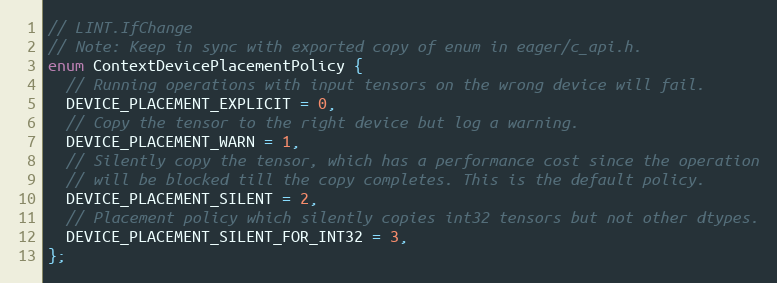
Language: C
// LINT.IfChange
// Note: Keep in sync with exported copy of enum in eager/c_api.h.
enum ContextDevicePlacementPolicy {
  // Running operations with input tensors on the wrong device will fail.
  DEVICE_PLACEMENT_EXPLICIT = 0,
  // Copy the tensor to the right device but log a warning.
  DEVICE_PLACEMENT_WARN = 1,
  // Silently copy the tensor, which has a performance cost since the operation
  // will be blocked till the copy completes. This is the default policy.
  DEVICE_PLACEMENT_SILENT = 2,
  // Placement policy which silently copies int32 tensors but not other dtypes.
  DEVICE_PLACEMENT_SILENT_FOR_INT32 = 3,
};